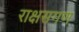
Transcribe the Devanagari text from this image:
राक्षसगण